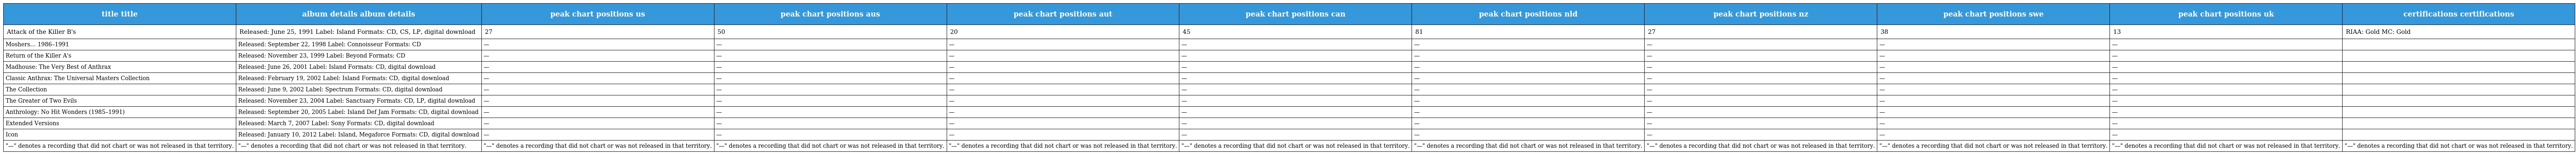
| title title | album details album details | peak chart positions us | peak chart positions aus | peak chart positions aut | peak chart positions can | peak chart positions nld | peak chart positions nz | peak chart positions swe | peak chart positions uk | certifications certifications |
 | --- | --- | --- | --- | --- | --- | --- | --- | --- | --- | --- |
 | Attack of the Killer B's | Released: June 25, 1991 Label: Island Formats: CD, CS, LP, digital download | 27 | 50 | 20 | 45 | 81 | 27 | 38 | 13 | RIAA: Gold MC: Gold |
 | Moshers… 1986–1991 | Released: September 22, 1998 Label: Connoisseur Formats: CD | — | — | — | — | — | — | — | — |  |
 | Return of the Killer A's | Released: November 23, 1999 Label: Beyond Formats: CD | — | — | — | — | — | — | — | — |  |
 | Madhouse: The Very Best of Anthrax | Released: June 26, 2001 Label: Island Formats: CD, digital download | — | — | — | — | — | — | — | — |  |
 | Classic Anthrax: The Universal Masters Collection | Released: February 19, 2002 Label: Island Formats: CD, digital download | — | — | — | — | — | — | — | — |  |
 | The Collection | Released: June 9, 2002 Label: Spectrum Formats: CD, digital download | — | — | — | — | — | — | — | — |  |
 | The Greater of Two Evils | Released: November 23, 2004 Label: Sanctuary Formats: CD, LP, digital download | — | — | — | — | — | — | — | — |  |
 | Anthrology: No Hit Wonders (1985–1991) | Released: September 20, 2005 Label: Island Def Jam Formats: CD, digital download | — | — | — | — | — | — | — | — |  |
 | Extended Versions | Released: March 7, 2007 Label: Sony Formats: CD, digital download | — | — | — | — | — | — | — | — |  |
 | Icon | Released: January 10, 2012 Label: Island, Megaforce Formats: CD, digital download | — | — | — | — | — | — | — | — |  |
 | "—" denotes a recording that did not chart or was not released in that territory. | "—" denotes a recording that did not chart or was not released in that territory. | "—" denotes a recording that did not chart or was not released in that territory. | "—" denotes a recording that did not chart or was not released in that territory. | "—" denotes a recording that did not chart or was not released in that territory. | "—" denotes a recording that did not chart or was not released in that territory. | "—" denotes a recording that did not chart or was not released in that territory. | "—" denotes a recording that did not chart or was not released in that territory. | "—" denotes a recording that did not chart or was not released in that territory. | "—" denotes a recording that did not chart or was not released in that territory. | "—" denotes a recording that did not chart or was not released in that territory. |